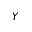
Y